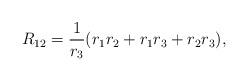
LaTeX: \begin{align*}R_{12}={1\over r_3}({r_1r_2 + r_1r_3 + r_2r_3}),\end{align*}